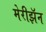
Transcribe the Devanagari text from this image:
मेरीझॅन